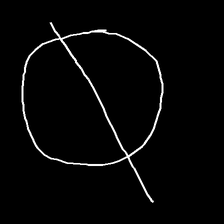
Glyph: orb